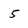
Character: 5